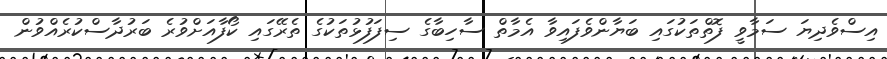
އިސްވެދިޔަ ސަމާވީ ފޮތްތަކުގައި ބަޔާންވެފައިވާ އެމާތް ސާހިބާގެ ސިފަފުޅުތަކުގެ ތެރޭގައި ކޯފާއަށްވުރެ ބަރުދާސްކުރެއްވުން